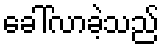
ခေါ်လာခဲ့သည်